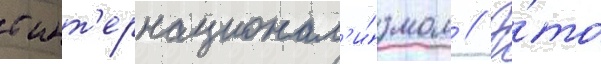
с инт'ернационал'и́змом // Э́то